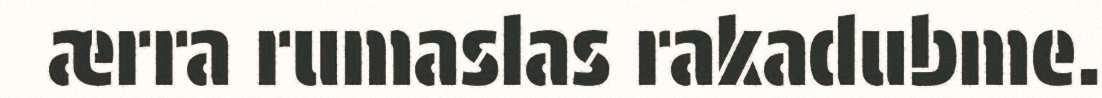
ærra rumaslas rakadubme.